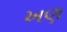
ખણ